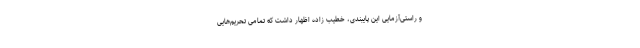
و راستی‌آزمایی این پایبندی، خطیب زاده اظهار داشت که تمامی تحریم‌هایی